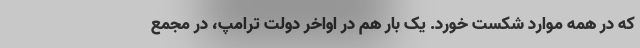
که در همه موارد شکست خورد. یک بار هم در اواخر دولت ترامپ، در مجمع